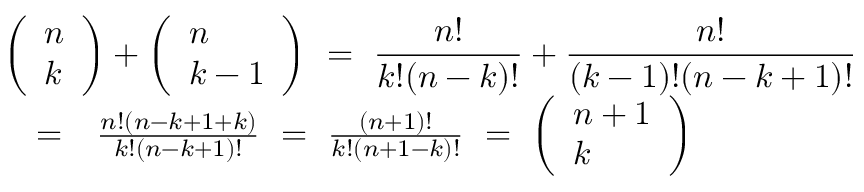
\begin{array} { r l r } { \lefteqn { \left( \begin{array} { l } { n } \\ { k } \end{array} \right) + \left( \begin{array} { l } { n } \\ { k - 1 } \end{array} \right) \ = \ \frac { n ! } { k ! ( n - k ) ! } + \frac { n ! } { ( k - 1 ) ! ( n - k + 1 ) ! } } } \\ & { = } & { \frac { n ! ( n - k + 1 + k ) } { k ! ( n - k + 1 ) ! } \ = \ \frac { ( n + 1 ) ! } { k ! ( n + 1 - k ) ! } \ = \ \left( \begin{array} { l } { n + 1 } \\ { k } \end{array} \right) } \end{array}